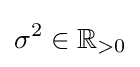
\sigma ^{2}\in \mathbb {R} _{>0}